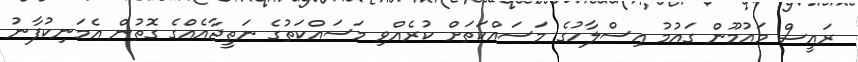
ރައީސް މައުމޫން ގައުމު އިސްލާހުގެ މަސައްކަތަށް ކުރެއްވި މަސައްކަތުގެ ނަތީޖާއެއްގެ ގޮތުން އެމަނިކުފާނު